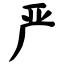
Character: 严